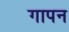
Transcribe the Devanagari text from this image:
गापन